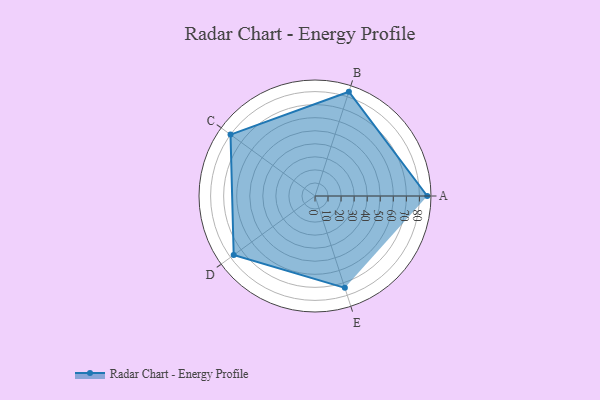
{"axis": {"x": "Skill", "y": "Score"}, "legend": ["Profile"], "data": [{"x": "A", "y": 86.0, "type": "Profile"}, {"x": "B", "y": 84.0, "type": "Profile"}, {"x": "C", "y": 80.0, "type": "Profile"}, {"x": "D", "y": 77.0, "type": "Profile"}, {"x": "E", "y": 74.0, "type": "Profile"}]}